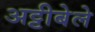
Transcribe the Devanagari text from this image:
अट्टीबेले